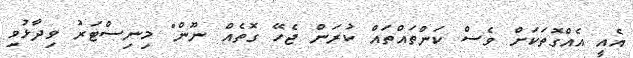
އެއީ އެއްގޮތަކަށް ވެސް ކަންތައްތައް ކުރަން ޖެހޭ ގޮތެއް ނޫން" މިނިސްޓަރު ވިދާޅުވި